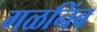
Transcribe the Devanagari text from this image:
गळनिंब